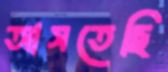
আসতেছি